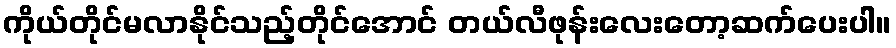
ကိုယ်တိုင်မလာနိုင်သည့်တိုင်အောင် တယ်လီဖုန်းလေးတော့ဆက်ပေးပါ။